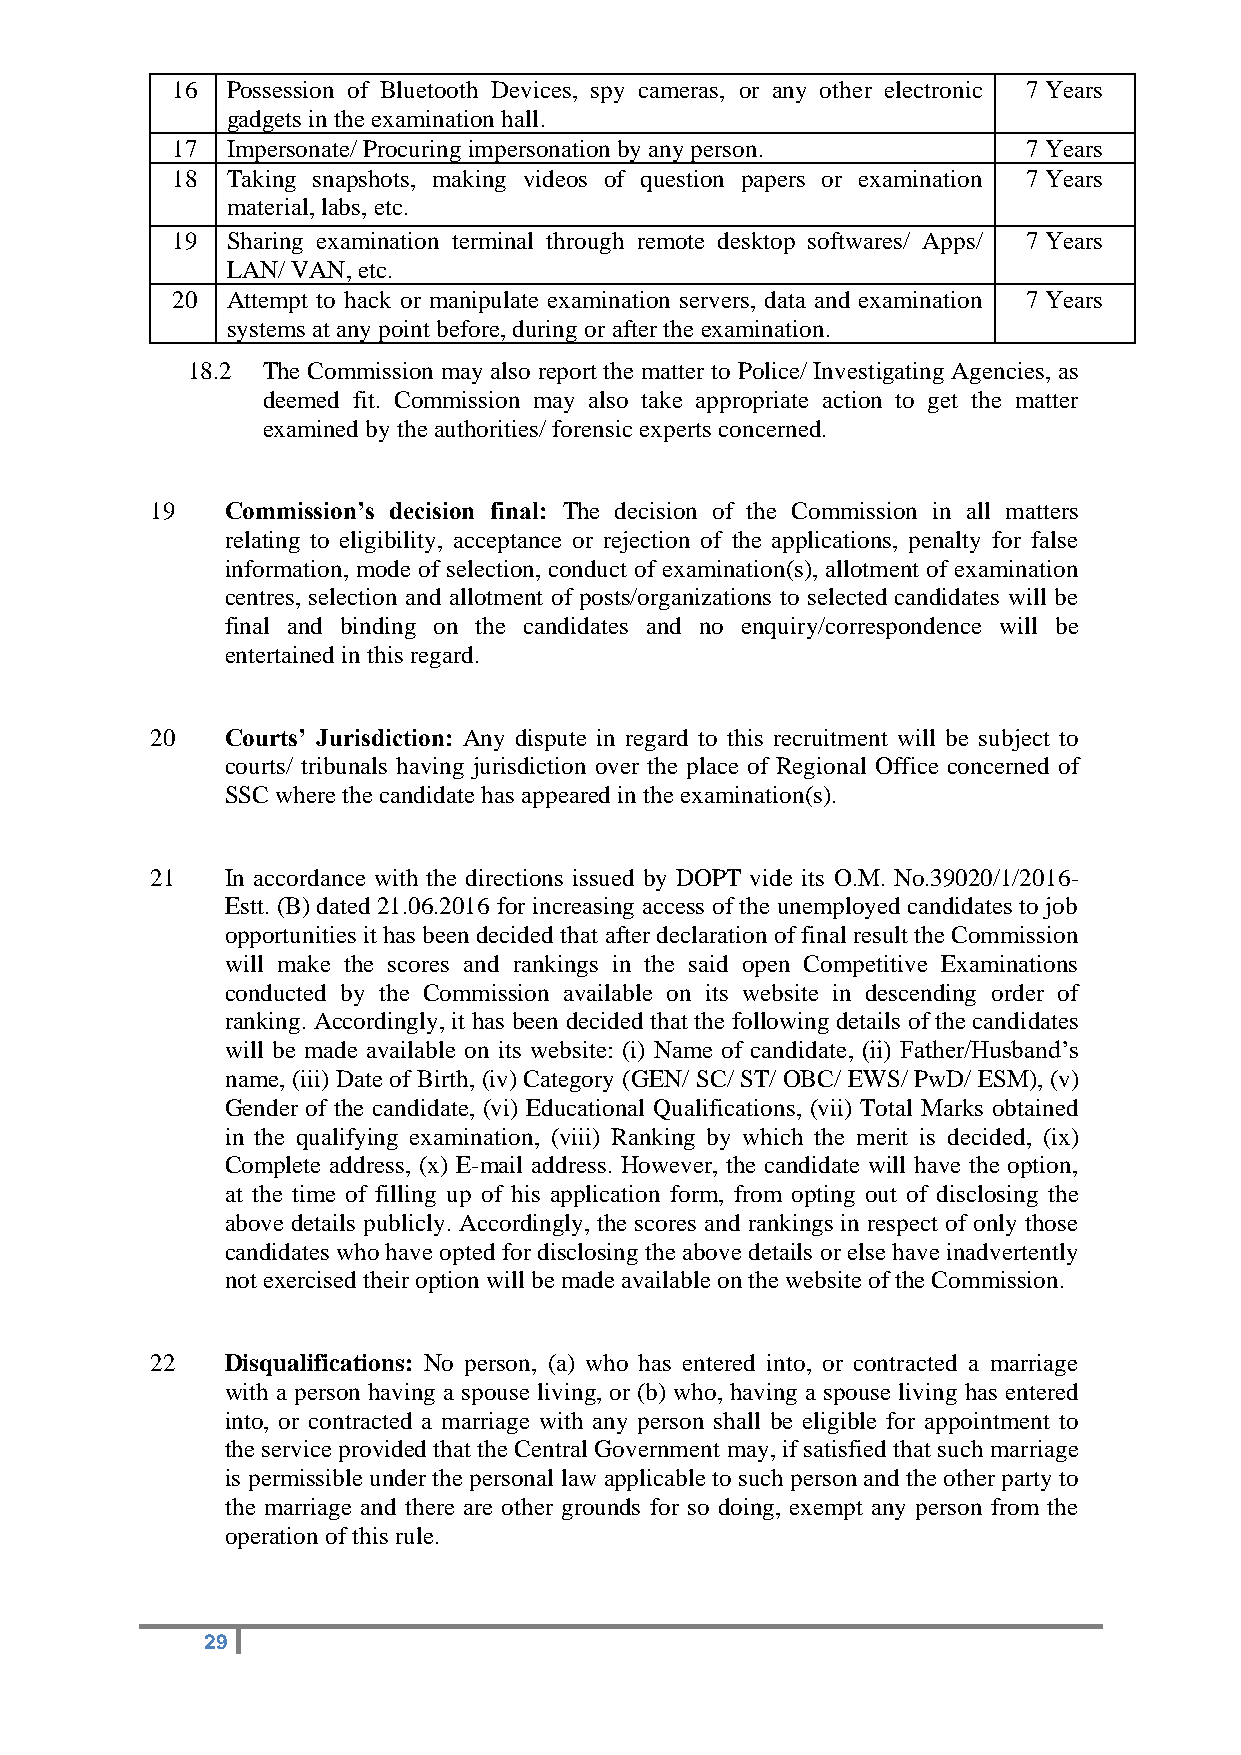
16  Possession of Bluetooth Devices, spy cameras, or any other electronic 7 Years
 gadgets in the examination hall.
 17  Impersonate/ Procuring impersonation by any person.  7 Years
 18  Taking snapshots, making videos of question papers or examination 7 Years
 material, labs, etc.
 19  Sharing examination terminal through remote desktop softwares/ Apps/ 7 Years
 LAN/ VAN, etc.
 20  Attempt to hack or manipulate examination servers, data and examination 7 Years
 systems at any point before, during or after the examination.
 18.2 The Commission may also report the matter to Police/ Investigating Agencies, as
 deemed fit. Commission may also take appropriate action to get the matter
 examined by the authorities/ forensic experts concerned.
 19   Commission’s decision final: The decision of the Commission in all matters
 relating to eligibility, acceptance or rejection of the applications, penalty for false
 information, mode of selection, conduct of examination(s), allotment of examination
 centres, selection and allotment of posts/organizations to selected candidates will be
 final and binding on the candidates and no enquiry/correspondence will be
 entertained in this regard.
 20   Courts’ Jurisdiction: Any dispute in regard to this recruitment will be subject to
 courts/ tribunals having jurisdiction over the place of Regional Office concerned of
 SSC where the candidate has appeared in the examination(s).
 21   In accordance with the directions issued by DOPT vide its O.M. No.39020/1/2016-
 Estt. (B) dated 21.06.2016 for increasing access of the unemployed candidates to job
 opportunities it has been decided that after declaration of final result the Commission
 will make the scores and rankings in the said open Competitive Examinations
 conducted by the Commission available on its website in descending order of
 ranking. Accordingly, it has been decided that the following details of the candidates
 will be made available on its website: (i) Name of candidate, (ii) Father/Husband’s
 name, (iii) Date of Birth, (iv) Category (GEN/ SC/ ST/ OBC/ EWS/ PwD/ ESM), (v)
 Gender of the candidate, (vi) Educational Qualifications, (vii) Total Marks obtained
 in the qualifying examination, (viii) Ranking by which the merit is decided, (ix)
 Complete address, (x) E-mail address. However, the candidate will have the option,
 at the time of filling up of his application form, from opting out of disclosing the
 above details publicly. Accordingly, the scores and rankings in respect of only those
 candidates who have opted for disclosing the above details or else have inadvertently
 not exercised their option will be made available on the website of the Commission.
 22   Disqualifications: No person, (a) who has entered into, or contracted a marriage
 with a person having a spouse living, or (b) who, having a spouse living has entered
 into, or contracted a marriage with any person shall be eligible for appointment to
 the service provided that the Central Government may, if satisfied that such marriage
 is permissible under the personal law applicable to such person and the other party to
 the marriage and there are other grounds for so doing, exempt any person from the
 operation of this rule.
 29